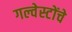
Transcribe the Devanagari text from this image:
गल्वेस्टोंचे